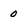
Character: 0